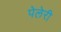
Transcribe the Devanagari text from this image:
पेलेरी